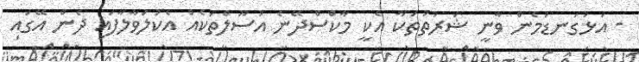
- އަޅުގަނޑުމެން ވާނީ ޝަރުތުތަކާ އެކީ މާކްސްދޭނެ އުސޫލްތަކެއް އެކުލަވާލާފައި ދެން އޭގައި